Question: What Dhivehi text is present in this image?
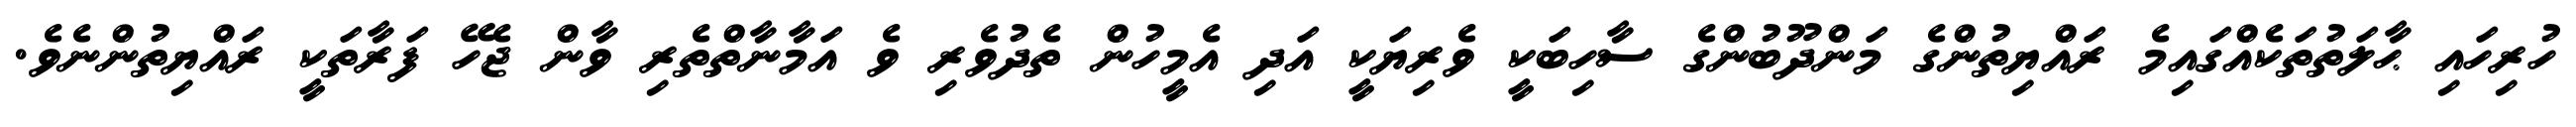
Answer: ހުރިހައި ޙާލަތުތަކެއްގައިމެ ރައްޔިތުންގެ މަންދޫބުންގެ ސާހިބަކީ ވެރިޔަކީ އަދި އެމީހުން ތެދުވެރި ވެ އަމާނާތްތެރި ވާން ޖެހޭ ފަރާތަކީ ރައްޔިތުންނެވެ.